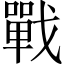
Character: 戰